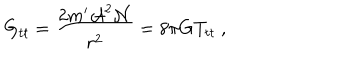
G _ { t t } = \frac { 2 m ^ { \prime } { \cal A } ^ { 2 } { \cal N } } { r ^ { 2 } } = 8 \pi G T _ { t t } \ ,